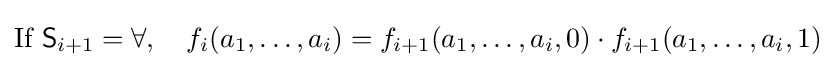
{\text{If }}{\mathsf {S}}_{i+1}=\forall ,\quad f_{i}(a_{1},\dots ,a_{i})=f_{i+1}(a_{1},\dots ,a_{i},0)\cdot f_{i+1}(a_{1},\dots ,a_{i},1)